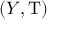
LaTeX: ( Y , \mathrm { T } )